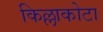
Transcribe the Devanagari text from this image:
किल्लाकोटा